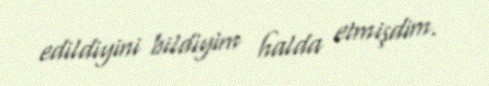
edildiyini bildiyim halda etmişdim.